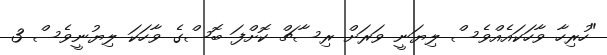
"ހުރިހާ ވާހަކައެއްވެސް ލިޔަނީ ވަރަށް ރިސާޗް ކޮށްފަ ބޮސްގެ ވާހަކަ ލިޔުނީވެސް 3